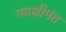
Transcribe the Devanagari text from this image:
नवश्रीमंत